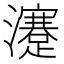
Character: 瀽